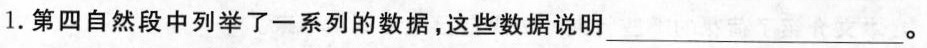
1.第四自然段中列举了一系列的数据，这些数据说明 ___。